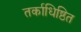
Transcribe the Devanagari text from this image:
तर्काधिष्ठित